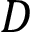
D